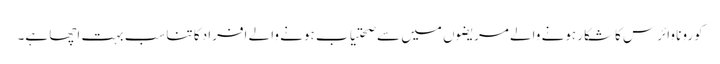
کورونا وائرس کاشکار ہونے والے مریضوں میں سے صحتیاب ہونے والے افراد کا تناسب بہت اچھا ہے۔